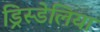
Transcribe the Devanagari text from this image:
ड्रिस्डेलिया